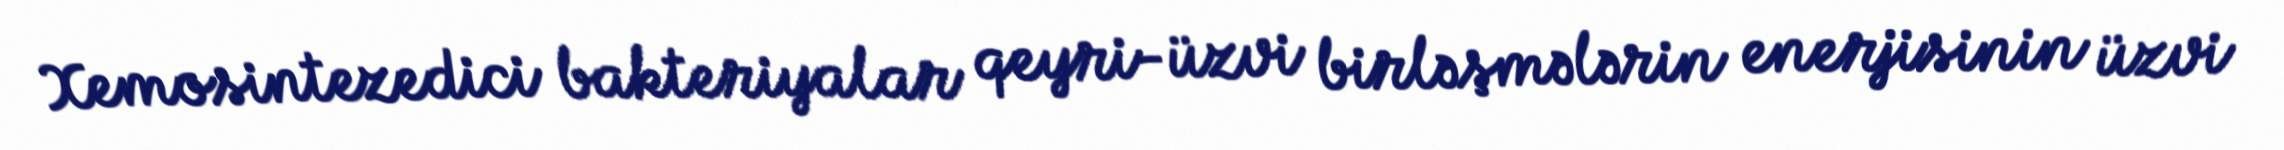
Xemosintezedici bakteriyalar qeyri-üzvi birləşmələrin enerjisinin üzvi